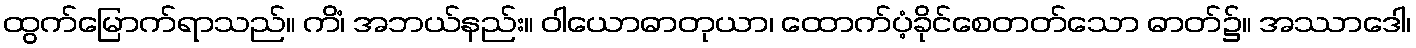
ထွက်မြောက်ရာသည်။ ကိံ၊ အဘယ်နည်း။ ဝါယောဓာတုယာ၊ ထောက်ပံ့ခိုင်စေတတ်သော ဓာတ်၌။ အဿာဒေါ၊